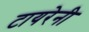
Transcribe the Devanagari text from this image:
टायरेनी